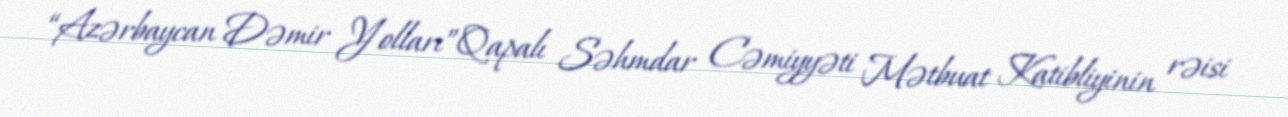
“Azərbaycan Dəmir Yolları”Qapalı Səhmdar Cəmiyyəti Mətbuat Katibliyinin rəisi